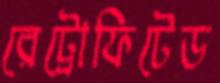
রেট্রোফিটেড